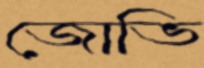
জোভি